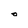
Character: 0